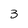
Character: 3